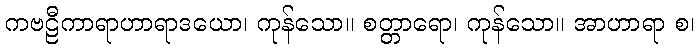
ကဗဠီကာရာဟာရာဒယော၊ ကုန်သော။ စတ္တာရော၊ ကုန်သော။ အာဟာရာ စ၊